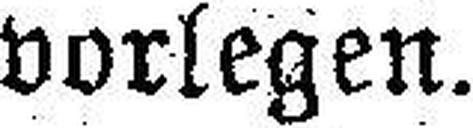
vorlegen.